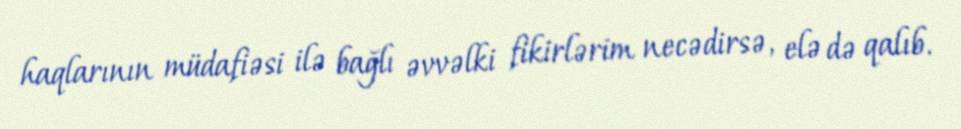
haqlarının müdafiəsi ilə bağlı əvvəlki fikirlərim necədirsə, elə də qalıb.